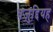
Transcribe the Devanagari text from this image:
वज़ुद्दियह